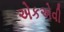
એકએવી